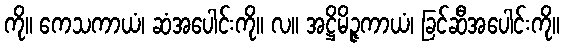
ကို။ ကေသကာယံ၊ ဆံအပေါင်းကို။ လ။ အဋ္ဌိမိဉ္ဇကာယံ၊ ခြင်ဆီအပေါင်းကို။